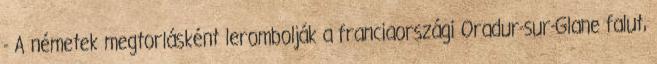
- A németek megtorlásként lerombolják a franciaországi Oradur-sur-Glane falut,